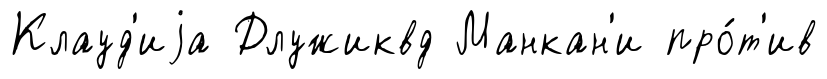
Клауд'иjа Длужиквд Манкан'и про́т'ив